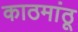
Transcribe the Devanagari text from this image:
काठमांठू